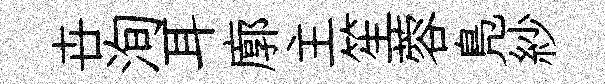
卋洵耳廓主笙蓉鳬紗